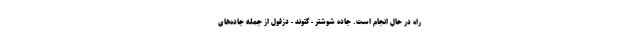
راه در حال انجام است. جاده شوشتر - گتوند - دزفول از جمله جاده‌های